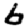
Digit: 6